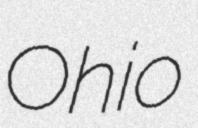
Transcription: Ohio